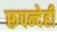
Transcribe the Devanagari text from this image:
रूपन्देही